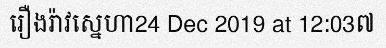
រឿងរ៉ាវស្នេហា24 Dec 2019 at 12:03៧